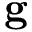
\mathbf { g }